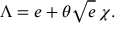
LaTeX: \Lambda { } = e + \theta { } \sqrt { e } \, \chi { } .